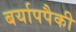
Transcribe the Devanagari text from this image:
बर्यापपैकी